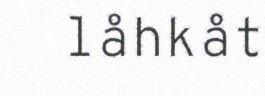
låhkåt